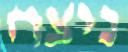
ניצח